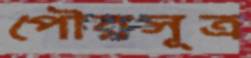
পৌরসূত্র